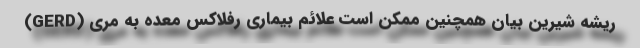
ریشه شیرین بیان همچنین ممکن است علائم بیماری رفلاکس معده به مری (GERD)